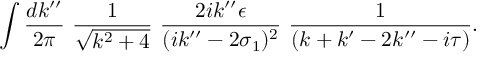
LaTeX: \int \frac { d k ^ { \prime \prime } } { 2 \pi } \, \, \frac { 1 } { \sqrt { k ^ { 2 } + 4 } } \, \, \frac { 2 i k ^ { \prime \prime } \epsilon } { ( i k ^ { \prime \prime } - 2 \sigma _ { 1 } ) ^ { 2 } } \, \, \frac { 1 } { ( k + k ^ { \prime } - 2 k ^ { \prime \prime } - i \tau ) } .